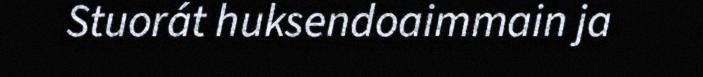
Stuorát huksendoaimmain ja